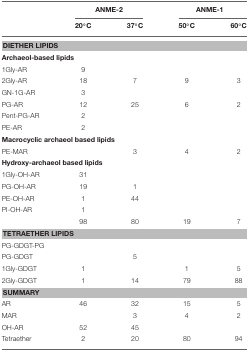
<table><thead><tr><td></td><td colspan="2"><b>ANME-2</b></td><td colspan="2"><b>ANME-1</b></td></tr><tr><td></td><td><b>20°C</b></td><td><b>37°C</b></td><td><b>50°C</b></td><td><b>60°C</b></td></tr></thead><tbody><tr><td colspan="5"><b>DIETHER LIPIDS</b></td></tr><tr><td colspan="5"><b>Archaeol-based lipids</b></td></tr><tr><td>1Gly-AR</td><td>9</td><td></td><td></td><td></td></tr><tr><td>2Gly-AR</td><td>18</td><td>7</td><td>9</td><td>3</td></tr><tr><td>GN-1G-AR</td><td>3</td><td></td><td></td><td></td></tr><tr><td>PG-AR</td><td>12</td><td>25</td><td>6</td><td>2</td></tr><tr><td>Pent-PG-AR</td><td>2</td><td></td><td></td><td></td></tr><tr><td>PE-AR</td><td>2</td><td></td><td></td><td></td></tr><tr><td colspan="5"><b>Macrocyclic archaeol based lipids</b></td></tr><tr><td>PE-MAR</td><td></td><td>3</td><td>4</td><td>2</td></tr><tr><td colspan="5"><b>Hydroxy-archaeol based lipids</b></td></tr><tr><td>1Gly-OH-AR</td><td>31</td><td></td><td></td><td></td></tr><tr><td>PG-OH-AR</td><td>19</td><td>1</td><td></td><td></td></tr><tr><td>PE-OH-AR</td><td>1</td><td>44</td><td></td><td></td></tr><tr><td>PI-OH-AR</td><td>1</td><td></td><td></td><td></td></tr><tr><td></td><td>98</td><td>80</td><td>19</td><td>7</td></tr><tr><td colspan="5"><b>TETRAETHER LIPIDS</b></td></tr><tr><td colspan="2">PG-GDGT-PG</td><td></td><td></td><td></td></tr><tr><td>PG-GDGT</td><td></td><td>5</td><td></td><td></td></tr><tr><td>1Gly-GDGT</td><td>1</td><td></td><td>1</td><td>5</td></tr><tr><td>2Gly-GDGT</td><td>1</td><td>14</td><td>79</td><td>88</td></tr><tr><td colspan="5"><b>SUMMARY</b></td></tr><tr><td>AR</td><td>46</td><td>32</td><td>15</td><td>5</td></tr><tr><td>MAR</td><td></td><td>3</td><td>4</td><td>2</td></tr><tr><td>OH-AR</td><td>52</td><td>45</td><td></td><td></td></tr><tr><td>Tetraether</td><td>2</td><td>20</td><td>80</td><td>94</td></tr></tbody></table>